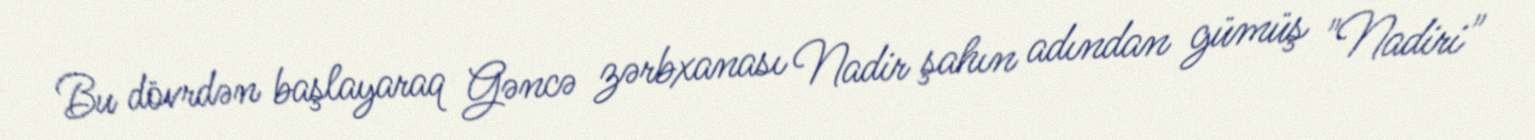
Bu dövrdən başlayaraq Gəncə zərbxanası Nadir şahın adından gümüş "Nadiri"